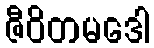
ဇီဝိတမဒေါ